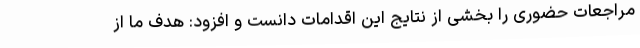
مراجعات حضوری را بخشی از نتایج این اقدامات دانست و افزود: هدف ما از